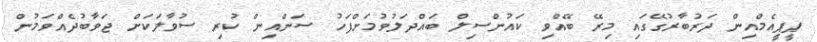
ޕީޕީއެމްއިން ދަރުބާރުގޭގައި މިރޭ ބޭއްވި ކައުންސިލް ބައްދަލުވުމަށްފަހު ސަންއިން ކުރި ސުވާލަކަށް ޖަވާބުދެއްވަމުން